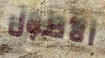
الأطول